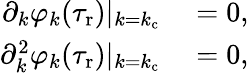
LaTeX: \begin{array}{rl}{\partial_{k}\varphi_{k}(\tau_{\mathrm{r}})|_{k=k_{\mathrm{c}}}}&{{}=0,}\\ {\partial_{k}^{2}\varphi_{k}(\tau_{\mathrm{r}})|_{k=k_{\mathrm{c}}}}&{{}=0,}\end{array}